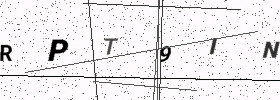
Text: RPT9IN